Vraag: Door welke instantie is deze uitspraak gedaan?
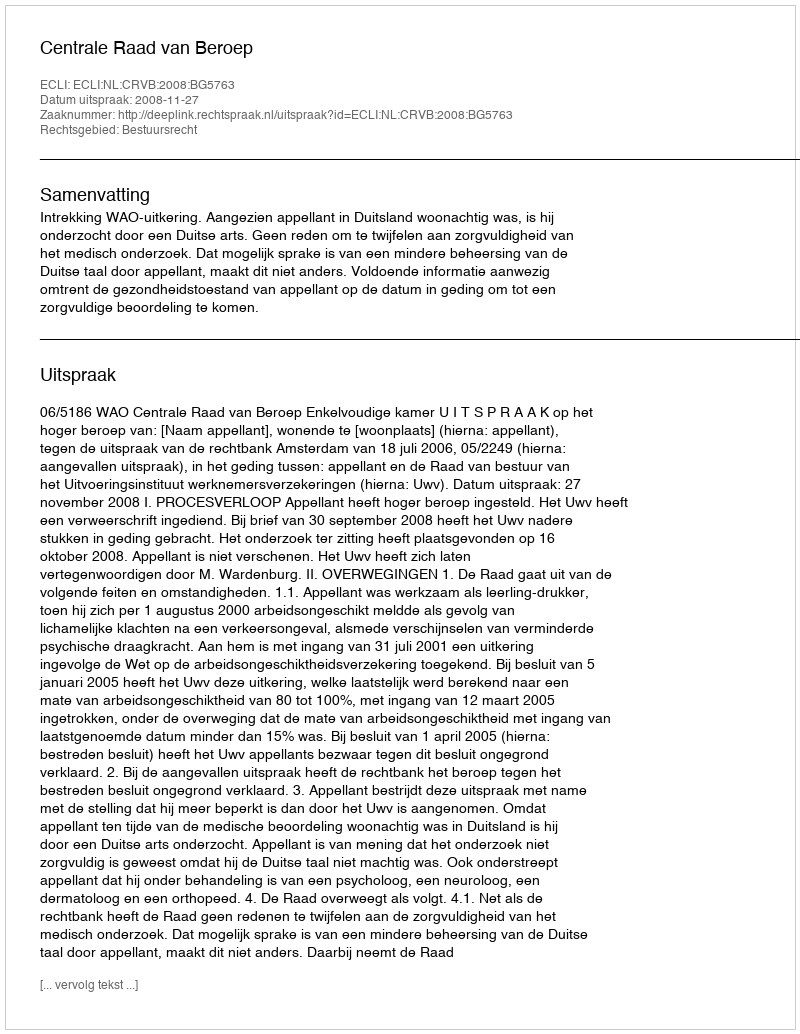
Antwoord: Centrale Raad van Beroep